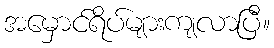
အမှောင်ရိပ်များကျလာပြီ။